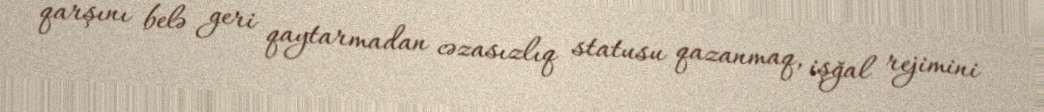
qarşını belə geri qaytarmadan cəzasızlıq statusu qazanmaq, işğal rejimini